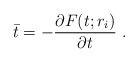
LaTeX: \begin{align*}\bar t= -{\partial F(t;r_i)\over\partial t} \ .\end{align*}